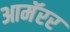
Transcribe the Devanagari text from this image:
आमॅरर